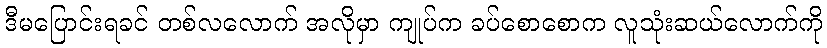
ဒီမပြောင်းရခင် တစ်လလောက် အလိုမှာ ကျုပ်က ခပ်စောစောက လူသုံးဆယ်လောက်ကို